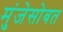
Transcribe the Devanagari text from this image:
मुंजेसोबत